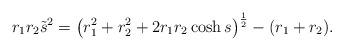
\begin{align*}r_1r_2 \tilde{s}^2 = \left( r_1^2+r_2^2 + 2r_1r_2\cosh s \right)^{\frac 12}-(r_1+r_2).\end{align*}